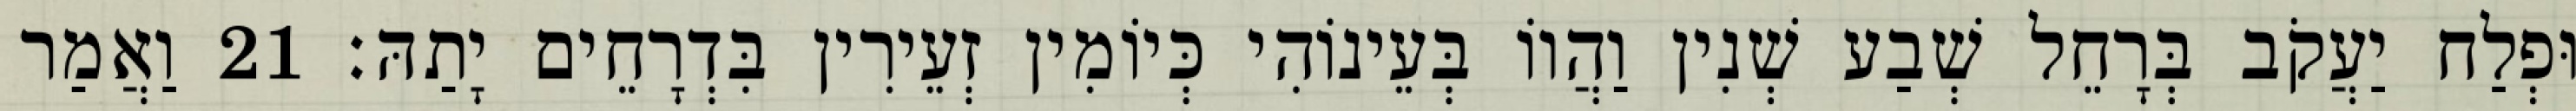
וּפְלַח יַעֲקֹב בְּרָחֵל שְׁבַע שְׁנִין וַהֲווֹ בְּעֵינוֹהִי כְּיוֹמִין זְעֵירִין בִּדְרָחֵים יָתַהּ׃ 21 וַאֲמַר